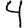
Digit: 4